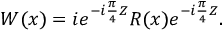
W ( x ) = i e ^ { - i \frac { \pi } { 4 } Z } R ( x ) e ^ { - i \frac { \pi } { 4 } Z } .